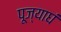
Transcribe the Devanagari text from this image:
पूज्याघं